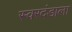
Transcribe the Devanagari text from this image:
स्वरदंडाला